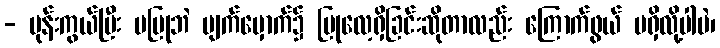
- ပုန်းကွယ်ပြီး မပြုဘဲ မျက်မှောက်၌ ပြုလေ့ရှိခြင်းဆိုတာလည်း ကြောက်ဖွယ် မရှိလို့ပါပဲ၊